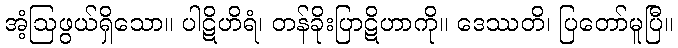
အံ့ဩဖွယ်ရှိသော။ ပါဋိဟိရံ၊ တန်ခိုးပြာဋိဟာကို။ ဒေဿတိ၊ ပြတော်မူပြီ။